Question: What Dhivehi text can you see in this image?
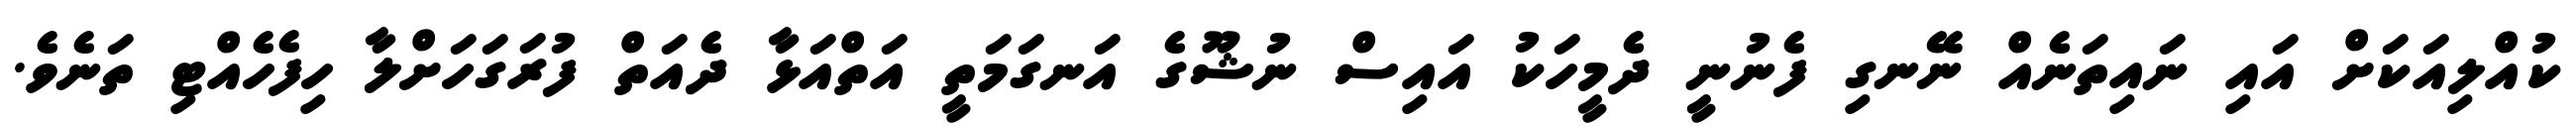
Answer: ކުއްލިއަކަށް އައި ނައިތަނެއް ނޭނގި ފެނުނީ ދެމީހަކު އައިސް ނުޝޫގެ އަނގަމަތީ އަތްއަޅާ ދެއަތް ފުރަގަހަށްލާ ހިފެހެއްޓި ތަނެވެ.